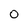
Character: 0